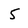
Character: 5